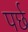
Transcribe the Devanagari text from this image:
पर्छ